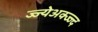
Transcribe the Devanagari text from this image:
ज्ज्येअक्ज्ज्द